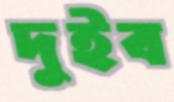
দুইব